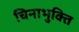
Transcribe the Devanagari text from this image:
चिनाभुक्ति